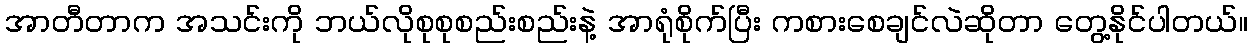
အာတီတာက အသင်းကို ဘယ်လိုစုစုစည်းစည်းနဲ့ အာရုံစိုက်ပြီး ကစားစေချင်လဲဆိုတာ တွေ့နိုင်ပါတယ်။